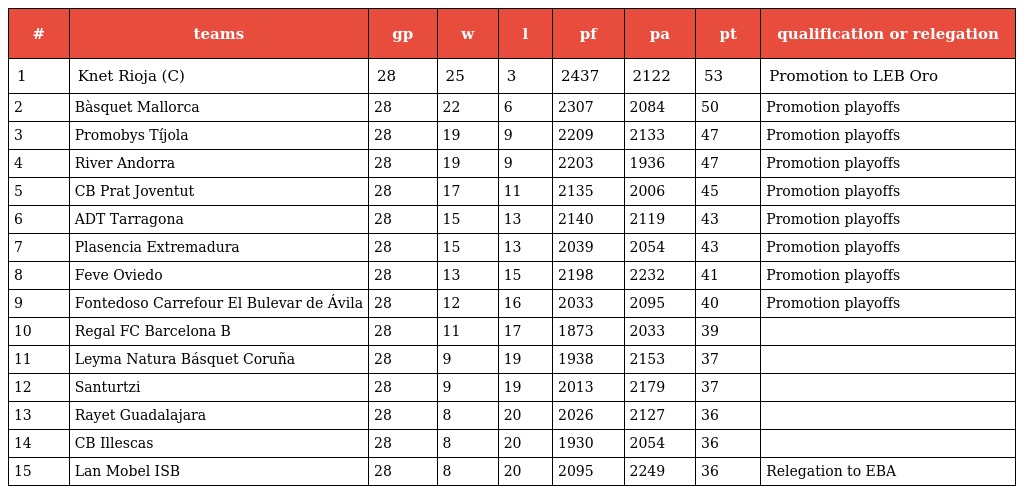
| # | teams | gp | w | l | pf | pa | pt | qualification or relegation |
 | --- | --- | --- | --- | --- | --- | --- | --- | --- |
 | 1 | Knet Rioja (C) | 28 | 25 | 3 | 2437 | 2122 | 53 | Promotion to LEB Oro |
 | 2 | Bàsquet Mallorca | 28 | 22 | 6 | 2307 | 2084 | 50 | Promotion playoffs |
 | 3 | Promobys Tíjola | 28 | 19 | 9 | 2209 | 2133 | 47 | Promotion playoffs |
 | 4 | River Andorra | 28 | 19 | 9 | 2203 | 1936 | 47 | Promotion playoffs |
 | 5 | CB Prat Joventut | 28 | 17 | 11 | 2135 | 2006 | 45 | Promotion playoffs |
 | 6 | ADT Tarragona | 28 | 15 | 13 | 2140 | 2119 | 43 | Promotion playoffs |
 | 7 | Plasencia Extremadura | 28 | 15 | 13 | 2039 | 2054 | 43 | Promotion playoffs |
 | 8 | Feve Oviedo | 28 | 13 | 15 | 2198 | 2232 | 41 | Promotion playoffs |
 | 9 | Fontedoso Carrefour El Bulevar de Ávila | 28 | 12 | 16 | 2033 | 2095 | 40 | Promotion playoffs |
 | 10 | Regal FC Barcelona B | 28 | 11 | 17 | 1873 | 2033 | 39 |  |
 | 11 | Leyma Natura Básquet Coruña | 28 | 9 | 19 | 1938 | 2153 | 37 |  |
 | 12 | Santurtzi | 28 | 9 | 19 | 2013 | 2179 | 37 |  |
 | 13 | Rayet Guadalajara | 28 | 8 | 20 | 2026 | 2127 | 36 |  |
 | 14 | CB Illescas | 28 | 8 | 20 | 1930 | 2054 | 36 |  |
 | 15 | Lan Mobel ISB | 28 | 8 | 20 | 2095 | 2249 | 36 | Relegation to EBA |